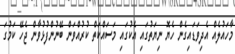
މާހައުލެއް އެދިވަޑައިގެން ހެޔޮ ނިޔަތުގައި އެކުގައި މަސައްކަތް ކުރުއްވަން ބޭނުންފުޅުވާން ޖެހޭ ކަމުގަ